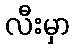
လီးမှာ